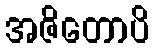
အဇိတောပိ